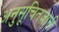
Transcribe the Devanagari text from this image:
अनुसूचितजाती